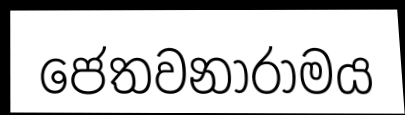
ජෙතවනාරාමය